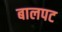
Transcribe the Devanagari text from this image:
बालपट